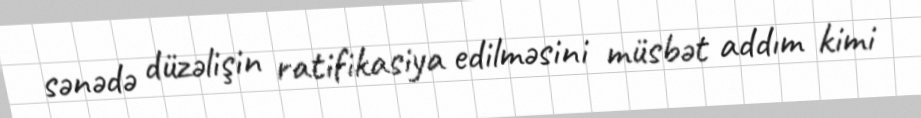
sənədə düzəlişin ratifikasiya edilməsini müsbət addım kimi